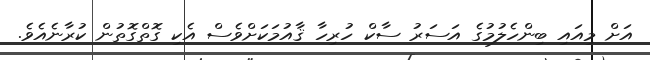
އަށް މިއައި ބިންހެލުމުގެ އަސަރު ސާކް ހުރިހާ ޤާއުމަކަށްވެސް އެކި ގޮތްގޮތުން ކުރާނެއެވެ.